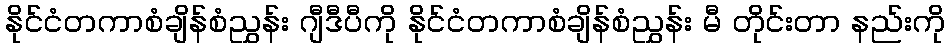
နိုင်ငံတကာစံချိန်စံညွှန်း ဂျီဒီပီကို နိုင်ငံတကာစံချိန်စံညွှန်း မီ တိုင်းတာ နည်းကို